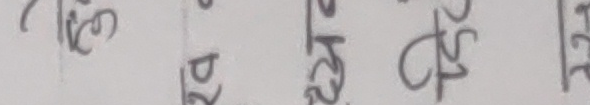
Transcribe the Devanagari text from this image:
सादा के २४ के २५० १२१